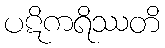
ပဋိကရိဿတိ